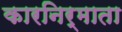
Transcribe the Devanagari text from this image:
कारनिर्माता